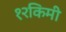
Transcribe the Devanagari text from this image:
१२किमी